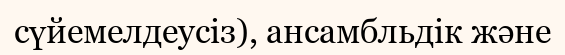
сүйемелдеусіз), ансамбльдік және